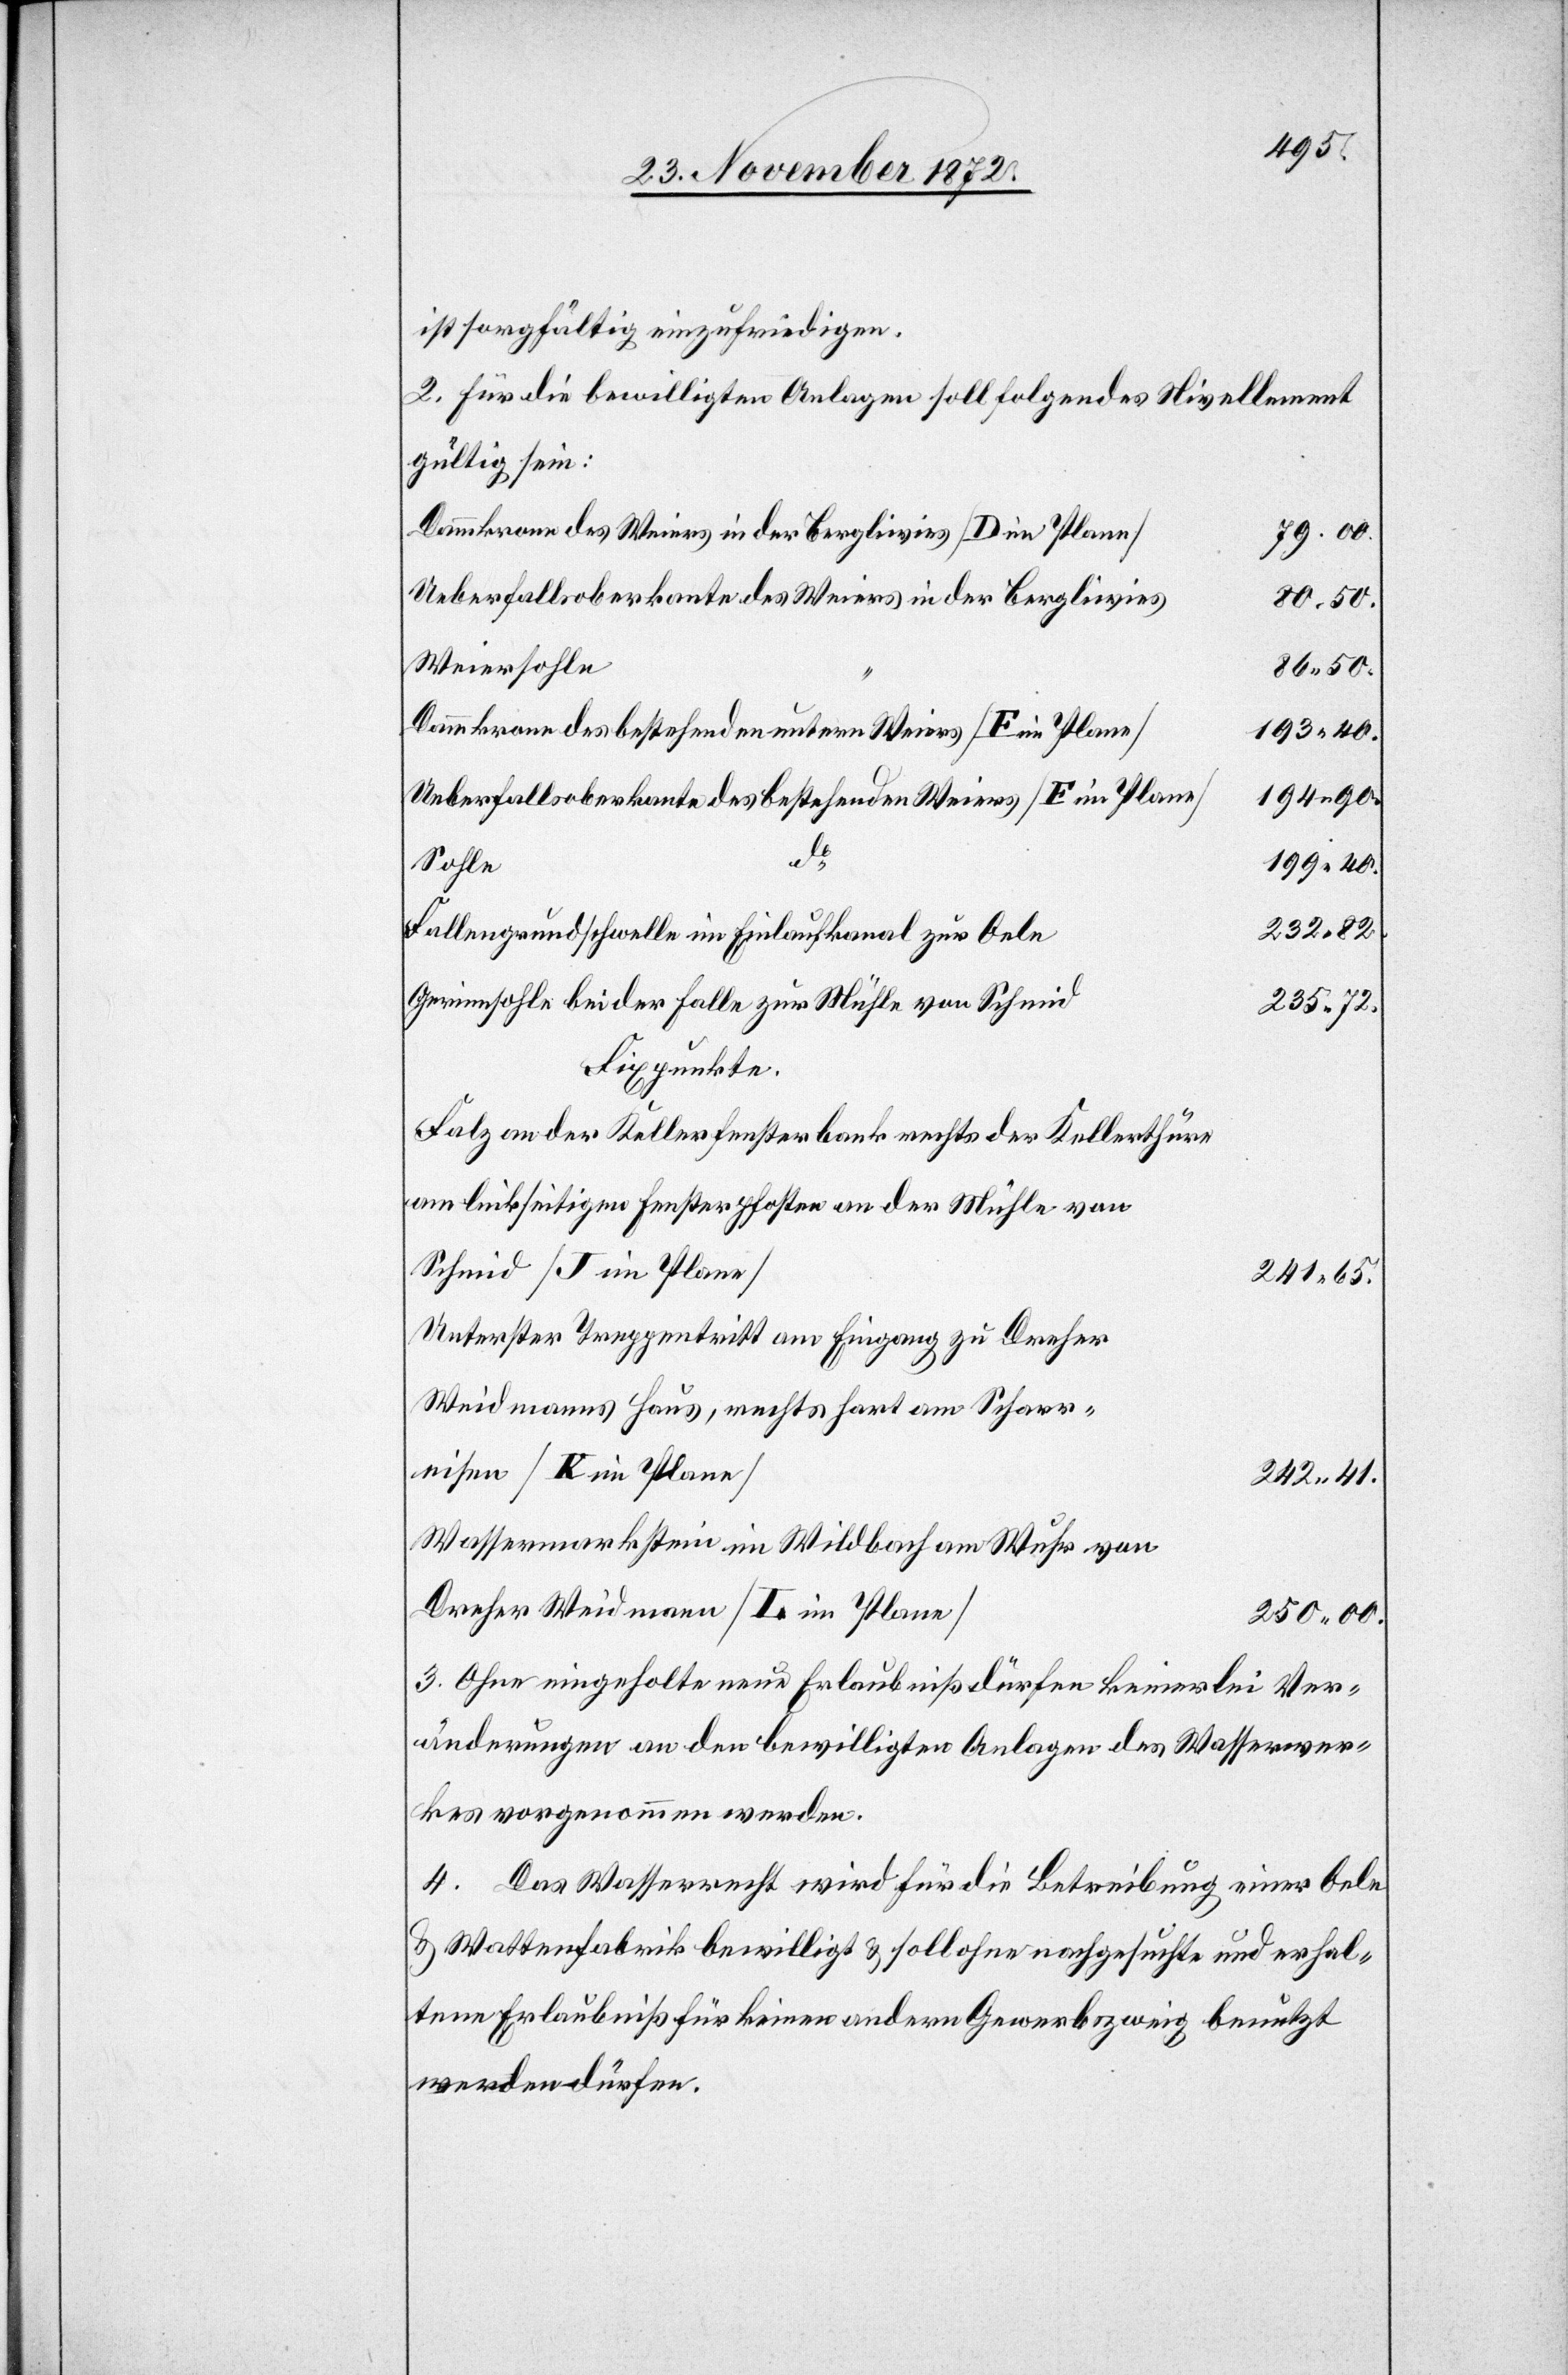
ist sorgfältig einzufriedigen.
2. Für die bewilligten Anlagen soll folgendes Nivellement
gültig sein:
Dammkrone des Weiers in der Bergliwies [D im Plane]
79 00.
Ueberfallsoberkante des Weiers in der Bergliwies
Weiersohle
86 50.
Dammkrone des bestehenden untern Weiers [F im Plane]
193 40.
194 90.
Ueberfallsoberkante des bestehenden Weiers [E im Plane]
do
199 40.
Sohle
232 82.
Fallengrundschwelle im Einlaufkanal zur Oele
Gerinnsohle bei der Falle zur Mühle von Schmid
235 72.
Fixpunkte.
Falz an der Kellerfensterbank rechts der Kellerthüre
am linkseitigen Fensterpfosten an der Mühle von
Schmid [J im Plane]
241 65.
Unterster Treppentritt am Eingang zu Dreher
Weidmanns Haus, rechts hart am Scharr¬
eisen [K im Plane]
242 41.
Wassermarkstein im Wildbach am Wuhr von
Dreher Weidmann [L im Plane]
250 00.
3. Ohne eingeholte neue Erlaubniß dürfen keinerlei Ver¬
änderungen an den bewilligten Anlagen des Wasserwer¬
kes vorgenommen werden.
4. Das Wasserrecht wird für die Betreibung einer Oele
u. Wattenfabrik bewilligt u. soll ohne nachgesuchte und erhal¬
tene Erlaubniß für keinen andern Gewerbszweig benutzt
werden dürfen.